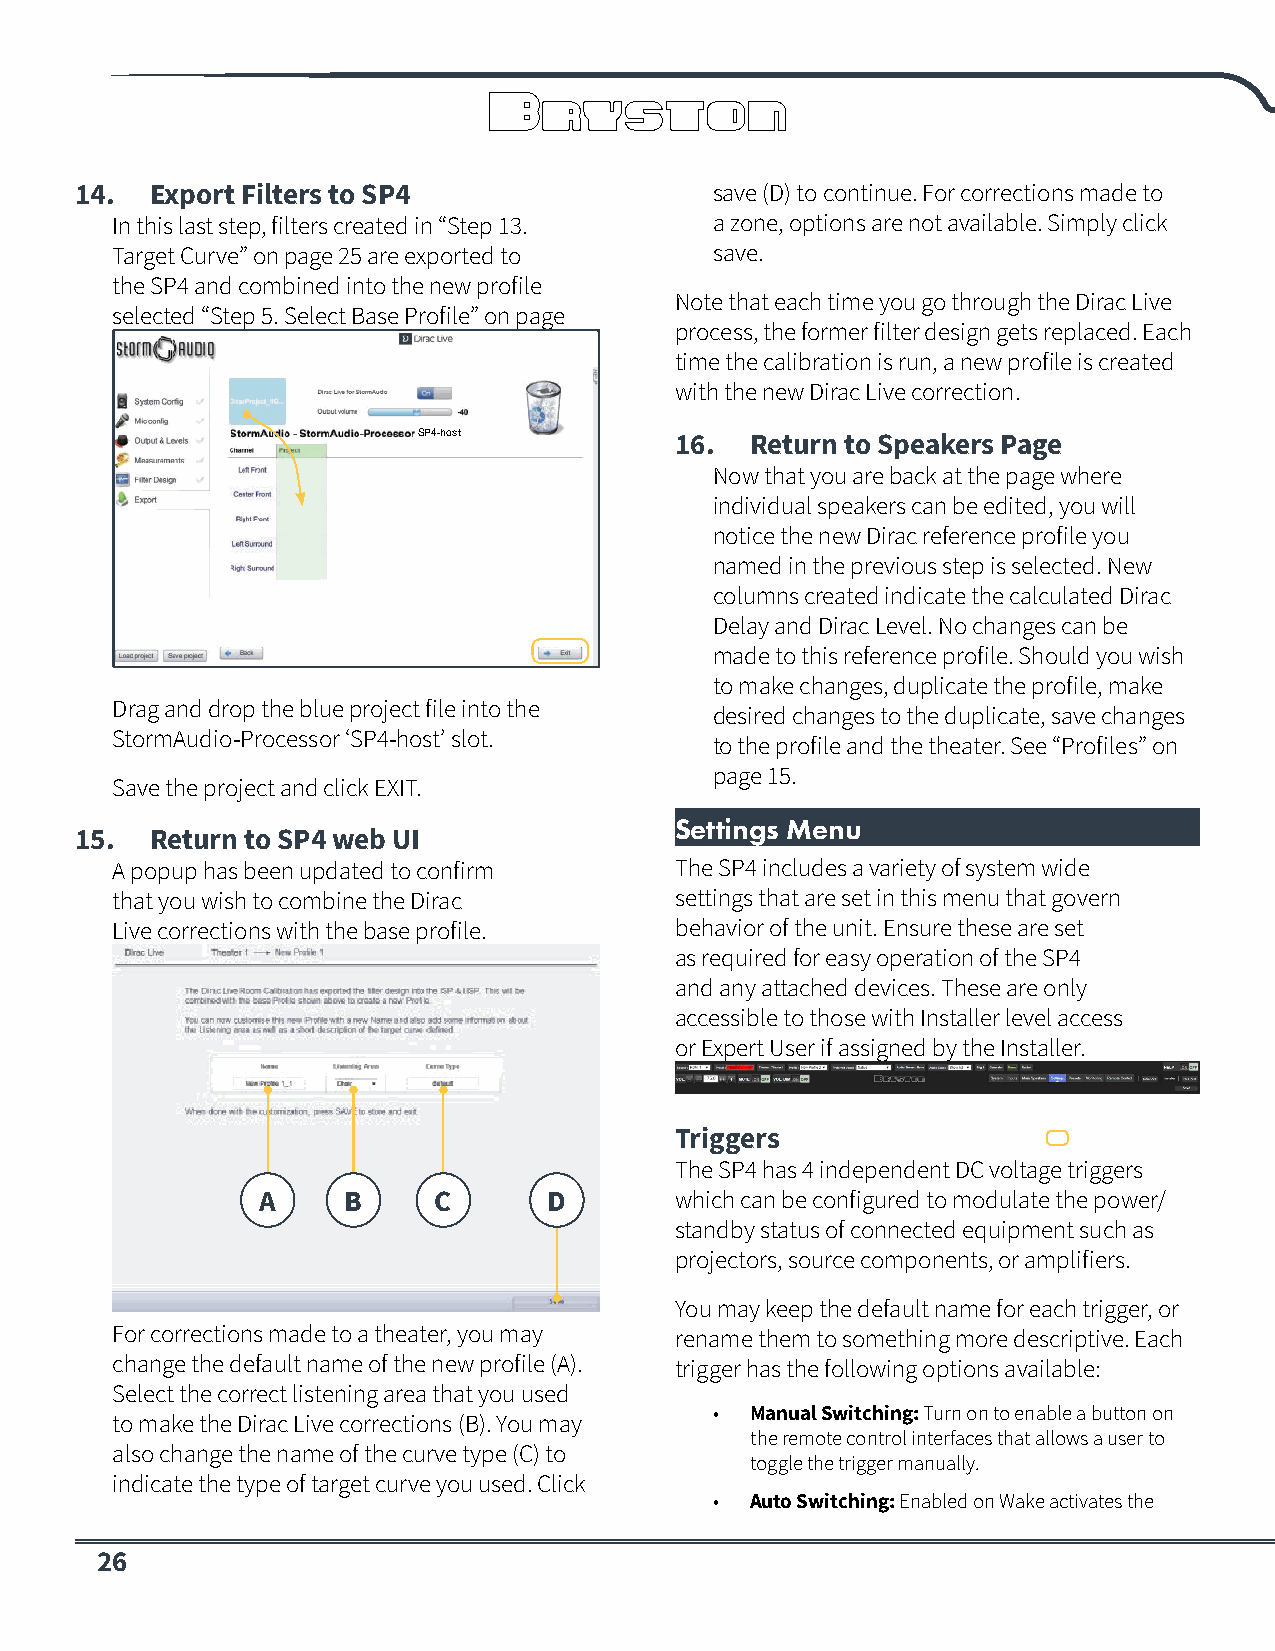
14.  Export Filters to SP4                save (D) to continue. For corrections made to
 In this last step, filters created in “Step 13. a zone, options are not available. Simply click
 Target Curve” on page 25 are exported to save.
 the SP4 and combined into the new profile
 Note that each time you go through the Dirac Live
 selected “Step 5. Select Base Profile” on page
 process, the former filter design gets replaced. Each
 time the calibration is run, a new profile is created
 with the new Dirac Live correction.
 SP4-host         16.  Return to Speakers Page
 Now that you are back at the page where
 individual speakers can be edited, you will
 notice the new Dirac reference profile you
 named in the previous step is selected. New
 columns created indicate the calculated Dirac
 Delay and Dirac Level. No changes can be
 23.                                     made to this reference profile. Should you wish
 to make changes, duplicate the profile, make
 Drag and drop the blue project file into the
 desired changes to the duplicate, save changes
 StormAudio-Processor ‘SP4-host’ slot.
 to the profile and the theater. See “Profiles” on
 page 15.
 Save the project and click EXIT.
 Settings Menu
 15.  Return to SP4 web UI
 A popup has been updated to confirm   The SP4 includes a variety of system wide
 that you wish to combine the Dirac    settings that are set in this menu that govern
 Live corrections with the base profile. behavior of the unit. Ensure these are set
 as required for easy operation of the SP4
 and any attached devices. These are only
 accessible to those with Installer level access
 or Expert User if assigned by the Installer.
 Triggers
 The SP4 has 4 independent DC voltage triggers
 A     B     C      D        which can be configured to modulate the power/
 standby status of connected equipment such as
 projectors, source components, or amplifiers.
 You may keep the default name for each trigger, or
 For corrections made to a theater, you may rename them to something more descriptive. Each
 change the default name of the new profile (A). trigger has the following options available:
 Select the correct listening area that you used
 •  Manual Switching: Turn on to enable a button on
 to make the Dirac Live corrections (B). You may
 the remote control interfaces that allows a user to
 also change the name of the curve type (C) to
 toggle the trigger manually.
 indicate the type of target curve you used. Click
 •  Auto Switching: Enabled on Wake activates the
 26